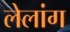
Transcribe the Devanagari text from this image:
लेलांग